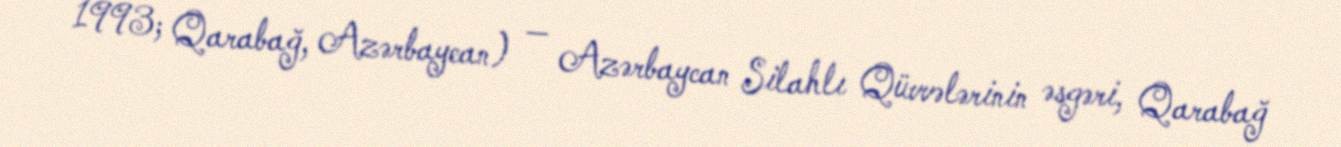
1993; Qarabağ, Azərbaycan) — Azərbaycan Silahlı Qüvvələrinin əsgəri, Qarabağ